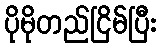
ပိုမိုတည်ငြိမ်ပြီး